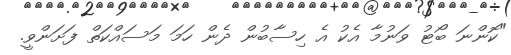
"ކޮންނަ ބޯޓު ވަނުމާ އެކު އެ ހިސާބުން ދެން ހަމަ މަސައްކަތް ފަށަންވީ.